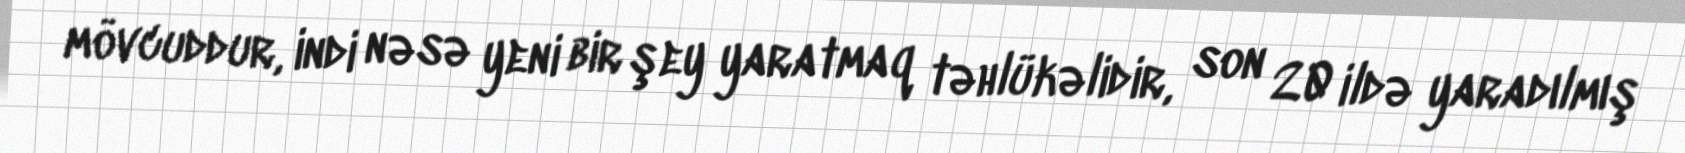
mövcuddur, indi nəsə yeni bir şey yaratmaq təhlükəlidir, son 20 ildə yaradılmış